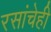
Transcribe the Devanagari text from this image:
रसांचेही